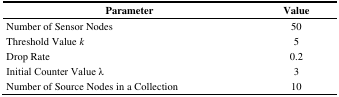
<table><thead><tr><td><b>Parameter</b></td><td><b>Value</b></td></tr></thead><tbody><tr><td>Number of Sensor Nodes</td><td>50</td></tr><tr><td>Threshold Value <i>k</i></td><td>5</td></tr><tr><td>Drop Rate</td><td>0.2</td></tr><tr><td>Initial Counter Value λ</td><td>3</td></tr><tr><td>Number of Source Nodes in a Collection</td><td>10</td></tr></tbody></table>